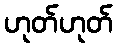
ဟုတ်ဟုတ်